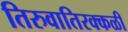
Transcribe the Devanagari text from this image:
तिरुवातिरक्कळी